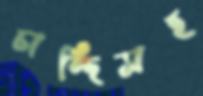
চান্দিসহ